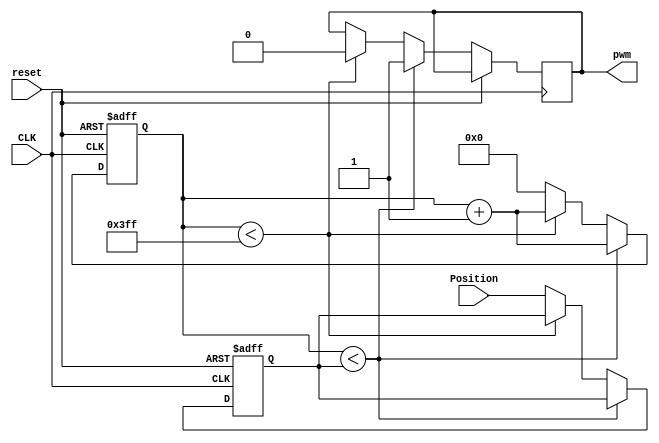



module PWM_Generator(
input reset,
input CLK,
//input PPR,
input [9:0] Position,
//input [9:0] f,
output reg pwm
    );
    
  reg [10:0] counter;
  reg [9:0] P;
  
    
    
 always@(posedge CLK or posedge reset)    
    if(reset) begin
        counter<= 10'd0;
        P <= 10'd0;
      end
    else if(counter < P) // if the counter less than postion, the pwm is high
        begin
        counter <= counter + 10'd1;
        pwm <= 1;
        end
    else if(counter < 10'd1023) //10 bit, 
        begin
        counter <= counter + 10'd1;
        pwm <= 2'b0;
        end
    else   // reset the count
        begin
        counter <= 10'd0;
        P <= Position;
        end
    
    
    
endmodule